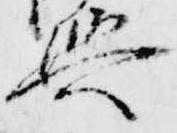
輿